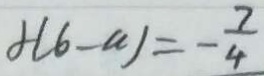
f ( 6 - a ) = - \frac { 7 } { 4 }